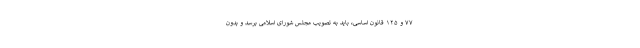
۷۷ و ۱۲۵ قانون اساسی، باید به تصویب مجلس شورای اسلامی برسد و بدون